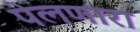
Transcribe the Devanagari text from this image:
पेलणारा